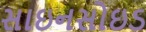
સાઇનસોઇડ